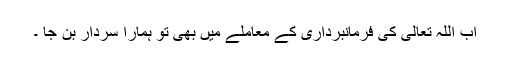
اب اللہ تعالٰی کی فرمانبرداری کے معاملے میں بھی تو ہمارا سردار بن جا ۔